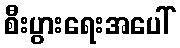
စီးပွားရေးအပေါ်